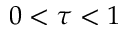
0 < \tau < 1